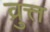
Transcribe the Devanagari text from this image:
व्रुत्त